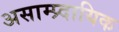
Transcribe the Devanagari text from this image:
असाम्प्र्दायिक